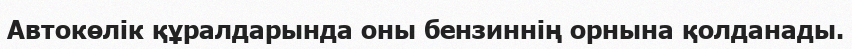
Автокөлік құралдарында оны бензиннің орнына қолданады.